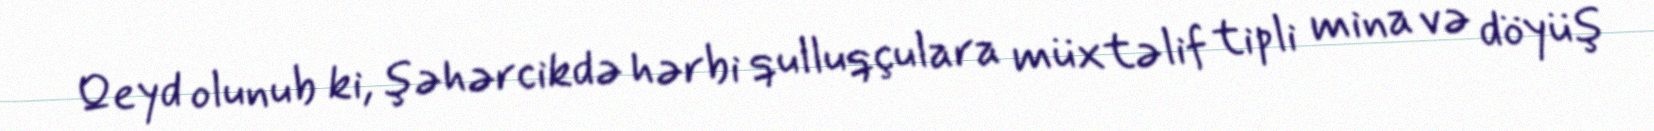
Qeyd olunub ki, şəhərcikdə hərbi qulluqçulara müxtəlif tipli mina və döyüş